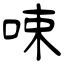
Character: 𠲿